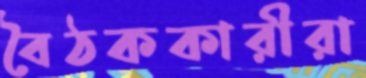
বৈঠককারীরা